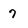
Character: 7